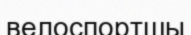
велоспортшы